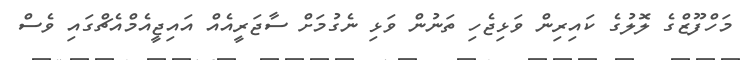
މަހްފޫޒްގެ ލޮލުގެ ކައިރިން ވަޅިޖެހި ތަނުން ވަޅި ނެގުމަށް ސާޖަރީއެއް އައިޖީއެމްއެޗްގައި ވެސް